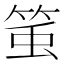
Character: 𥭥